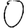
Digit: 0